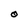
Character: O